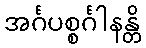
အင်္ဂပစ္စင်္ဂါနန္တိ